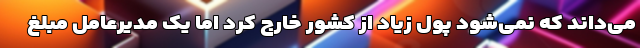
می‌داند که نمی‌شود پول زیاد از کشور خارج کرد اما یک مدیرعامل مبلغ